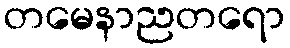
တမေနာညတရော